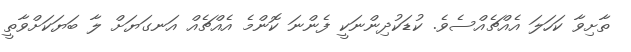
ތާށިވާ ކަހަލަ އެއްޗެއްސެވެ. ކުޑަކުދިންނަކީ ފެންނަ ކޮންމެ އެއްޗެއް އަނގަޔަށް ލާ ބަޔަކަށްވާތީ